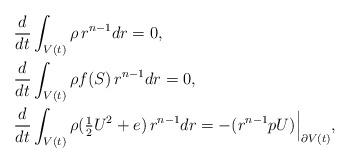
LaTeX: \begin{align*}\quad&\frac{d}{dt}\int_{V(t)} \rho \,r^{n-1} dr = 0, \\\quad&\frac{d}{dt}\int_{V(t)} \rho f(S) \,r^{n-1} dr = 0, \\\quad&\frac{d}{dt}\int_{V(t)} \rho (\tfrac{1}{2} U^2 +e) \,r^{n-1} dr = - ( r^{n-1} p U )\Big|_{\partial V(t)}, \end{align*}